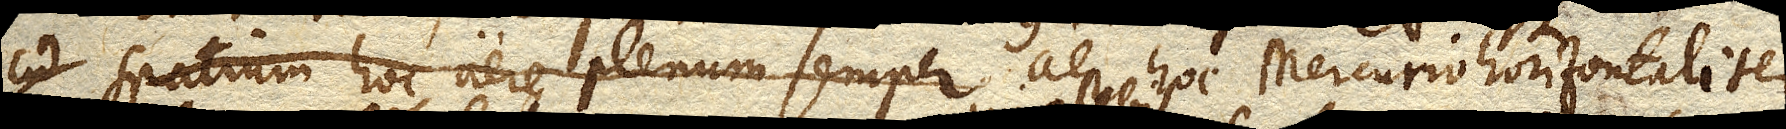
ad spatium hoc aere plenum semper aer hoc Mercurio horizontaliter